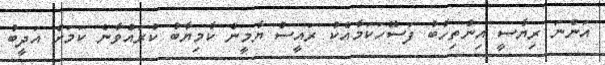
އަންނަ ރިޔާސީ އިންތިހާބު ފަސޭހަކަމާއެކު ރައީސް ޔާމީން ކާމިޔާބު ކުރައްވާނެ ކަމަށް އަދީބު